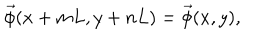
\vec { \phi } ( x + m L , y + n L ) = \vec { \phi } ( x , y ) ,